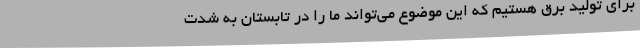
برای تولید برق هستیم که این موضوع می‌تواند ما را در تابستان به شدت